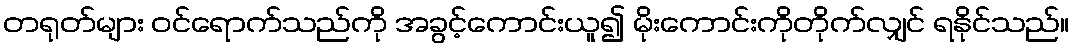
တရုတ်များ ဝင်ရောက်သည်ကို အခွင့်ကောင်းယူ၍ မိုးကောင်းကိုတိုက်လျှင် ရနိုင်သည်။